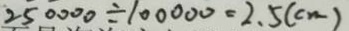
2 5 0 0 0 0 \div 1 0 0 0 0 0 = 2 . 5 ( c m )